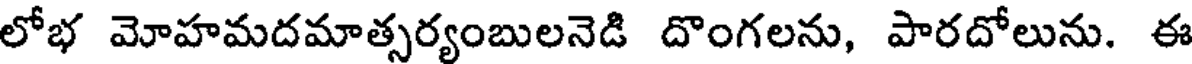
లోభ మోహమదమాత్సర్యంబులనెడి దొంగలను, పారదోలును. ఈ